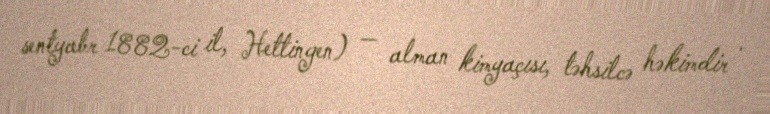
sentyabr 1882-ci il, Hettingen) — alman kimyaçısı, təhsilcə həkimdir .